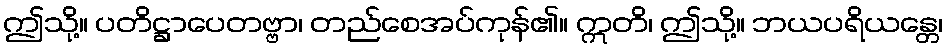
ဤသို့။ ပတိဋ္ဌာပေတဗ္ဗာ၊ တည်စေအပ်ကုန်၏။ ဣတိ၊ ဤသို့။ ဘယပရိယန္တေ၊